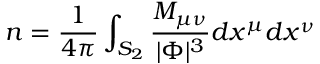
n = { \frac { 1 } { 4 \pi } } \int _ { S _ { 2 } } { \frac { M _ { \mu \nu } } { | \Phi | ^ { 3 } } } d x ^ { \mu } d x ^ { \nu }